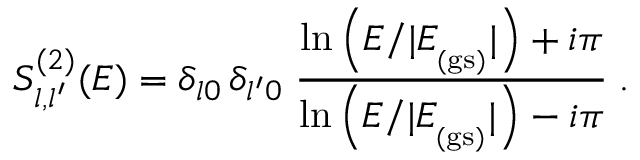
S _ { l , l ^ { \prime } } ^ { ( 2 ) } ( E ) = \delta _ { l 0 } \, \delta _ { l ^ { \prime } 0 } \; \frac { \ln \left( E / | E _ { _ \mathrm { ( g s ) } } | \right) + i \pi } { \ln \left( E / | E _ { _ \mathrm { ( g s ) } } | \right) - i \pi } \; .